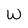
Character: W